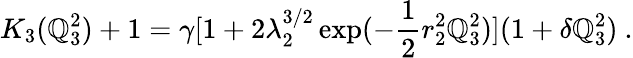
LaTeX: K_{3}(\mathbb{Q}_{3}^{2})+1=\gamma[1+2\lambda_{2}^{3/2}\exp(-\frac{{1}}{{2}}r_{2}^{2}\mathbb{Q}_{3}^{2})](1+\delta\mathbb{Q}_{3}^{2})\ .